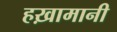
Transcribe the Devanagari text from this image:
हख़ामानी